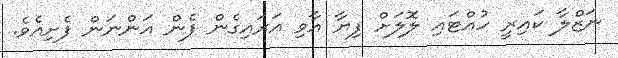
ނަޒްލާ ކައިރީ ހުއްޓައި ލޮލަށް ފިޔާ އާވި އަރައިގެން ފެން އަންނަން ފެށިއެވެ.